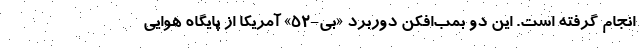
انجام گرفته است. این دو بمب‌افکن دوربرد «بی-۵۲» آمریکا از پایگاه هوایی